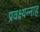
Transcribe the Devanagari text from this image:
प्रवक्ष्यन्नाह